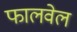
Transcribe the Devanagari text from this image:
फालवेल